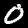
Digit: 0